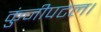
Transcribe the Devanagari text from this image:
कुंजीपटल।